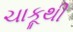
ચાકૂથી